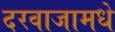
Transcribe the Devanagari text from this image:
दरवाजामधे